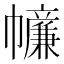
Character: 𢅳